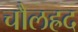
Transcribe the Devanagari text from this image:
चौलह्रद